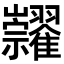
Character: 𥜺